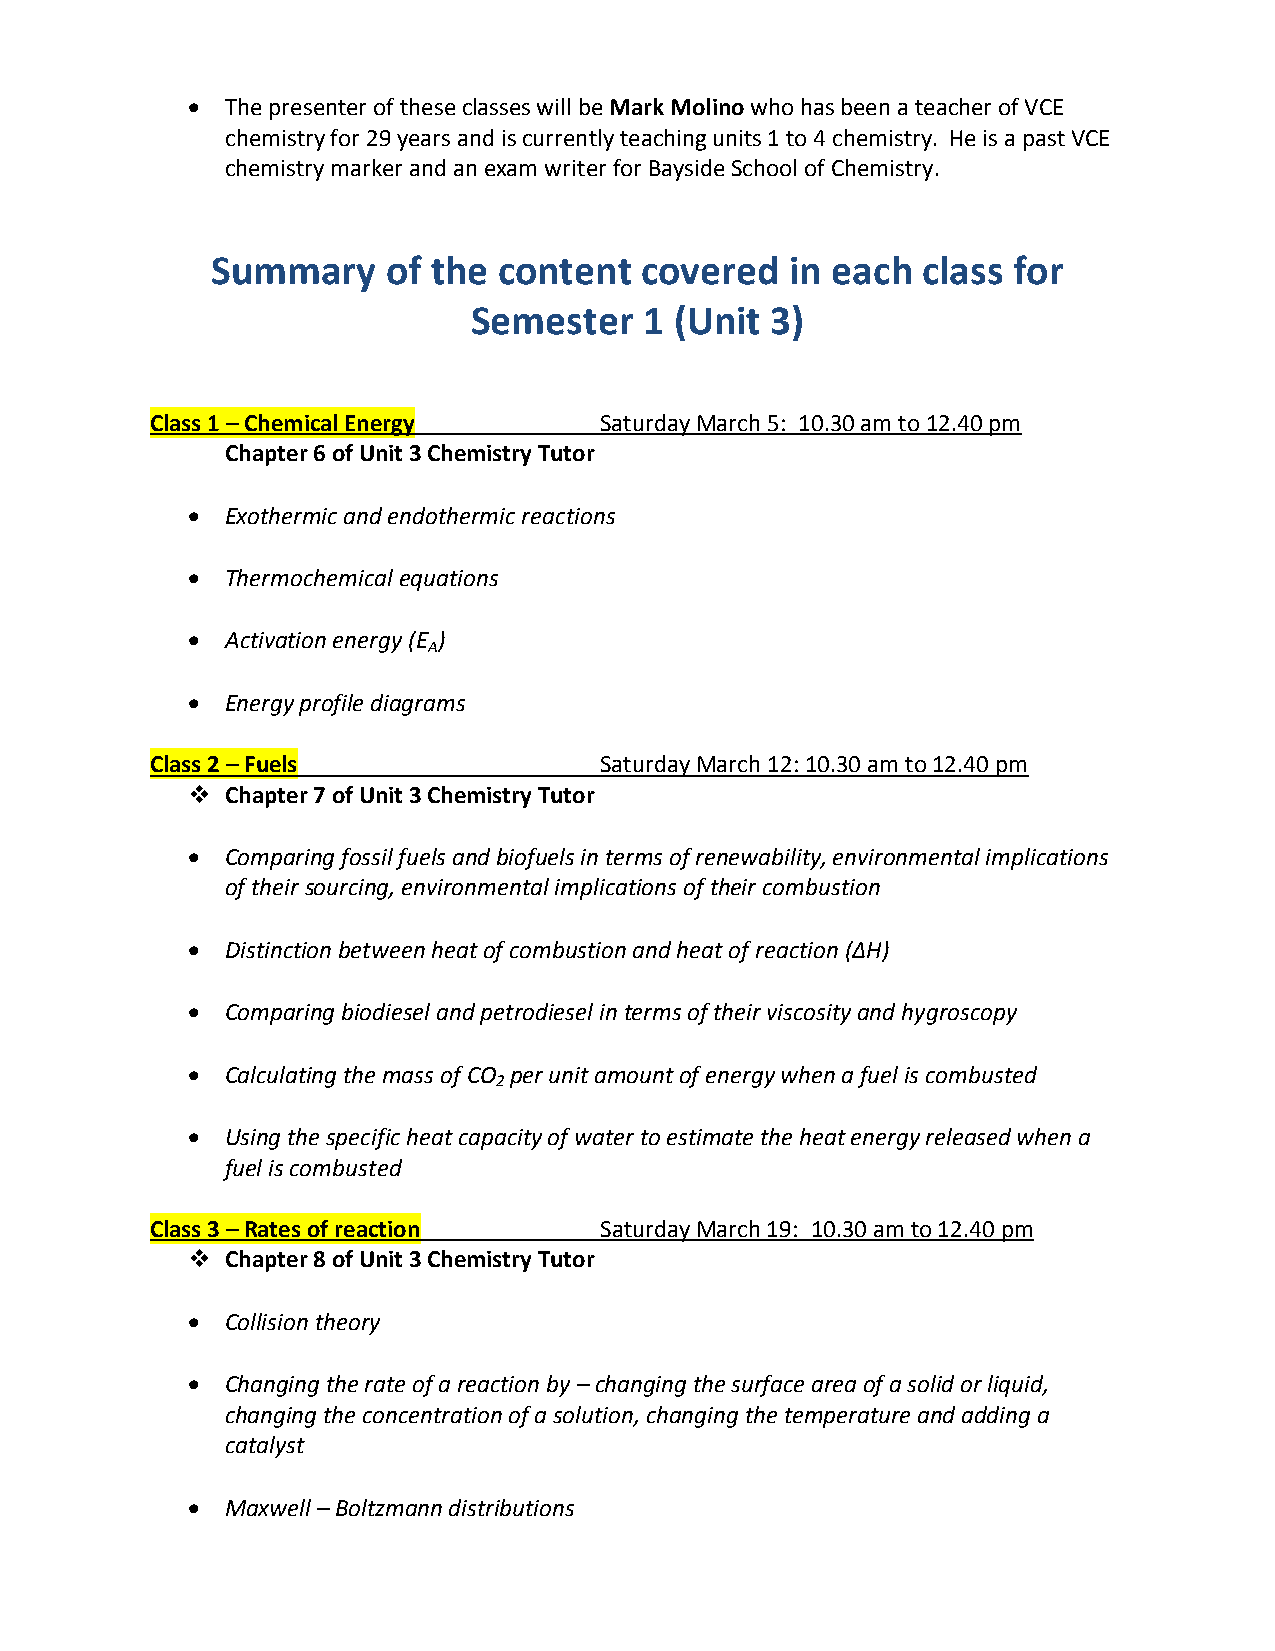
  The presenter of these classes will be Mark Molino who has been a teacher of VCE
 chemistry for 29 years and is currently teaching units 1 to 4 chemistry. He is a past VCE
 chemistry marker and an exam writer for Bayside School of Chemistry.
 Summary     of the content  covered   in each  class for
 Semester    1 (Unit 3)
 Class 1 – Chemical Energy     Saturday March 5: 10.30 am to 12.40 pm
 Chapter 6 of Unit 3 Chemistry Tutor
   Exothermic and endothermic reactions
   Thermochemical equations
   Activation energy (E )
 A
   Energy profile diagrams
 Class 2 – Fuels               Saturday March 12: 10.30 am to 12.40 pm
   Chapter 7 of Unit 3 Chemistry Tutor
   Comparing fossil fuels and biofuels in terms of renewability, environmental implications
 of their sourcing, environmental implications of their combustion
   Distinction between heat of combustion and heat of reaction (ΔH)
   Comparing biodiesel and petrodiesel in terms of their viscosity and hygroscopy
   Calculating the mass of CO per unit amount of energy when a fuel is combusted
 2
   Using the specific heat capacity of water to estimate the heat energy released when a
 fuel is combusted
 Class 3 – Rates of reaction   Saturday March 19: 10.30 am to 12.40 pm
   Chapter 8 of Unit 3 Chemistry Tutor
   Collision theory
   Changing the rate of a reaction by – changing the surface area of a solid or liquid,
 changing the concentration of a solution, changing the temperature and adding a
 catalyst
   Maxwell – Boltzmann distributions